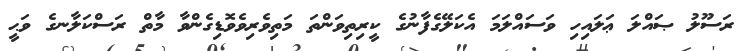
ރަސޫލު ޞައްލަ ޢަލައިހި ވަސައްލަމަ އެކަލޭގެފާނުގެ ކީރިތިވަންތަ މަތިވެރިވެވޮޑިގެންވާ މާތް ރަސްކަލާނގެ ވަޙީ